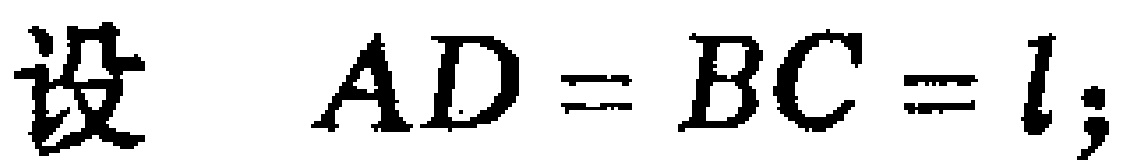
设 \(AD = BC = l;\)